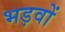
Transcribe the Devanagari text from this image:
भड़वों